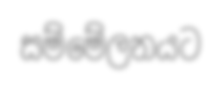
සම්මේලනයට